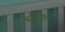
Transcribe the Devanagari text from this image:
वांस